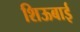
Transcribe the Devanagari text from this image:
शिऊबाई